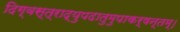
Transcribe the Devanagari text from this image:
दिग्वस्त्राद्युपदातुमुपाकर्षन्तम्‌।